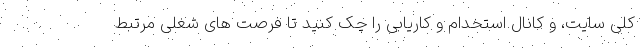
کلی سایت، و کانال استخدام و کاریابی را چک کنید تا فرصت های شغلی مرتبط